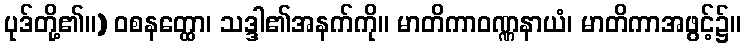
ပုဒ်တို့၏။) ဝစနတ္ထော၊ သဒ္ဒါ၏အနက်ကို။ မာတိကာဝဏ္ဏနာယံ၊ မာတိကာအဖွင့်၌။